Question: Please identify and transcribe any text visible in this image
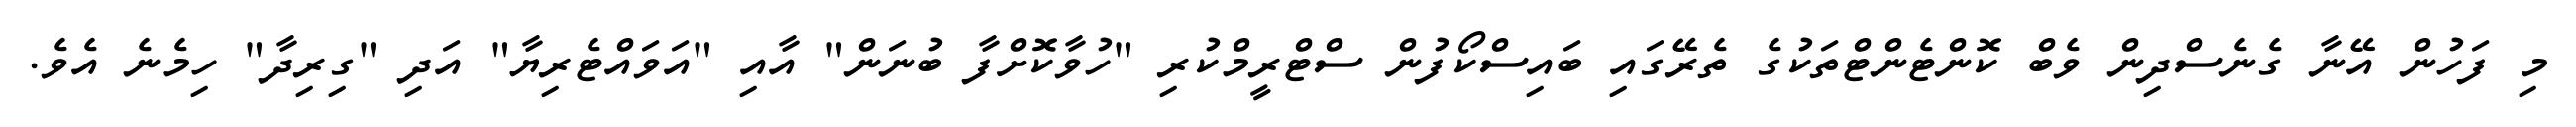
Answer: މި ފަހުން އޭނާ ގެނެސްދިން ވެބް ކޮންޓެންޓްތަކުގެ ތެރޭގައި ބައިސްކޯފުން ސްޓްރީމްކުރި "ހުވާކޮށްފާ ބުނަން" އާއި "އަވައްޓެރިޔާ" އަދި "ގިރިދާ" ހިމެނެ އެވެ.